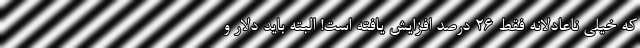
که خیلی ناعادلانه فقط ۲۶ درصد افزایش یافته است! البته باید دلار و